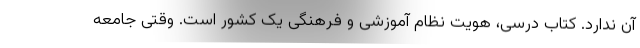
آن ندارد. کتاب درسی، هویت نظام آموزشی و فرهنگی یک کشور است. وقتی جامعه